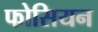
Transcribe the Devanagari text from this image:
फोसियन